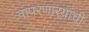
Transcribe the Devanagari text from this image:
वापरणार्‍यांची